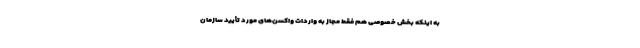
به اینکه بخش خصوصی هم فقط مجاز به واردات واکسن‌های مورد تأیید سازمان